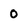
Character: 0